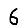
Digit: 6